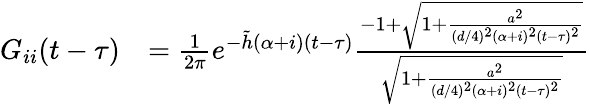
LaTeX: \begin{array}{rl}{G_{ii}(t-\tau)}&{=\frac{1}{2\pi}e^{-\tilde{h}(\alpha+i)(t-\tau)}\frac{-1+\sqrt{1+\frac{a^{2}}{(d/4)^{2}(\alpha+i)^{2}(t-\tau)^{2}}}}{\sqrt{1+\frac{a^{2}}{(d/4)^{2}(\alpha+i)^{2}(t-\tau)^{2}}}}}\end{array}